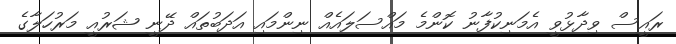
ރައީސް ވިދާޅުވީ އެމަނިކުފާނު ކޮންމެ މައްސަލައެއް ނިންމައި އަދަބުތައް ދޭނީ ޝަރުއީ މަރުހަލާގެ